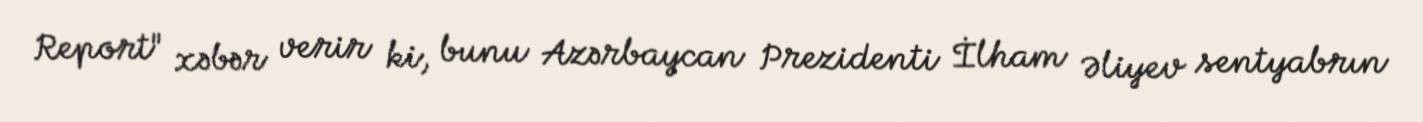
Report" xəbər verir ki, bunu Azərbaycan Prezidenti İlham Əliyev sentyabrın